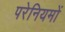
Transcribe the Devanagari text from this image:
परेनियमों